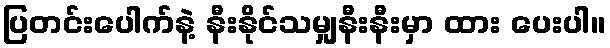
ပြတင်းပေါက်နဲ့ နီးနိုင်သမျှနီးနီးမှာ ထား ပေးပါ။